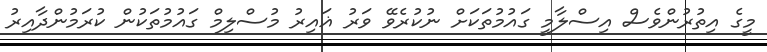
މީގެ އިތުރުންވެސް އިސްލާމީ ގައުމުތަކަށް ނުކުރެވޭ ވަރު ޣައިރު މުސްލިމް ގައުމުތަކުން ކުރަމުންދާއިރު